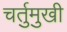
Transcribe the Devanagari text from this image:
चर्तुमुखी